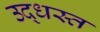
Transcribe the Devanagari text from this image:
उद्‌धस्त